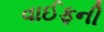
વાઈફની